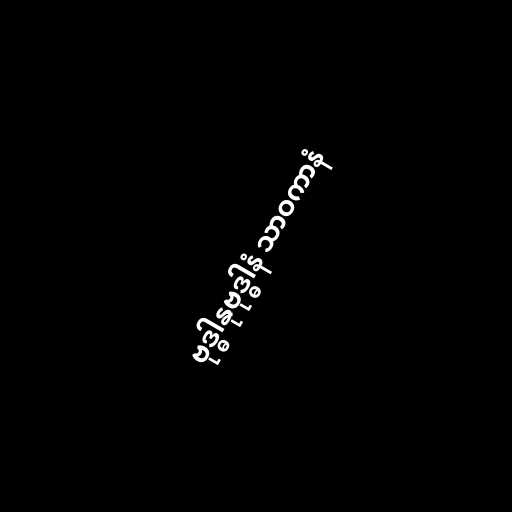
ဗုဒ္ဓါနုဗုဒ္ဓါနံ သာဝကာနံ